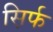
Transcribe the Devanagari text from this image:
स़िर्फ